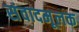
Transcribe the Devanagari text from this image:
संवादमूलक